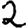
Digit: 2